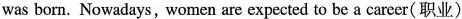
was born. Nowadays, women are expected to be a career(职业)